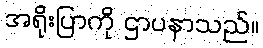
အရိုးပြာကို ဌာပနာသည်။